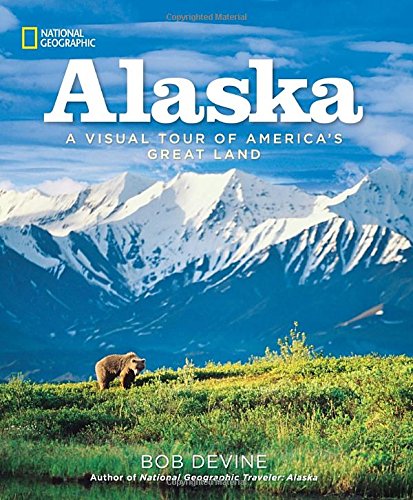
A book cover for Alaska: A Visual Tour of America's Great Land; Bob Devine; Travel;